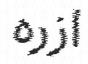
ازره